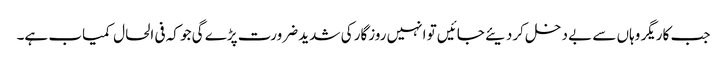
جب کاریگر وہاں سے بے دخل کردیئے جائیں تو انہیں روزگار کی شدید ضرورت پڑے گی جو کہ فی الحال کمیاب ہے۔